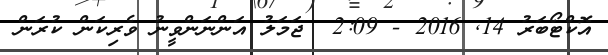
އޮކްޓޯބަރު 14